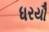
ધરયૌ